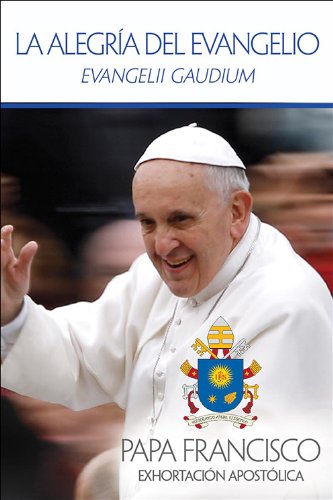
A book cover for La AlegrÃ­a del Evangelio: Evangelii Gaudium (Spanish Edition); El Papa Francis; Christian Books & Bibles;